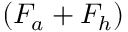
( F _ { a } + F _ { h } )